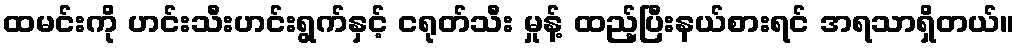
ထမင်းကို ဟင်းသီးဟင်းရွက်နှင့် ငရုတ်သီး မှုန့် ထည့်ပြီးနယ်စားရင် အရသာရှိတယ်။